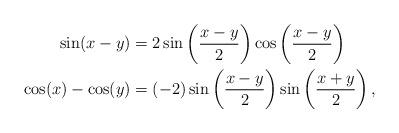
LaTeX: \begin{align*} \sin(x-y) & = 2\sin\left(\frac{x-y}{2}\right)\cos\left(\frac{x-y}{2}\right) \\\cos(x)-\cos(y) & = (-2)\sin\left(\frac{x-y}{2}\right)\sin\left(\frac{x+y}{2}\right),\end{align*}